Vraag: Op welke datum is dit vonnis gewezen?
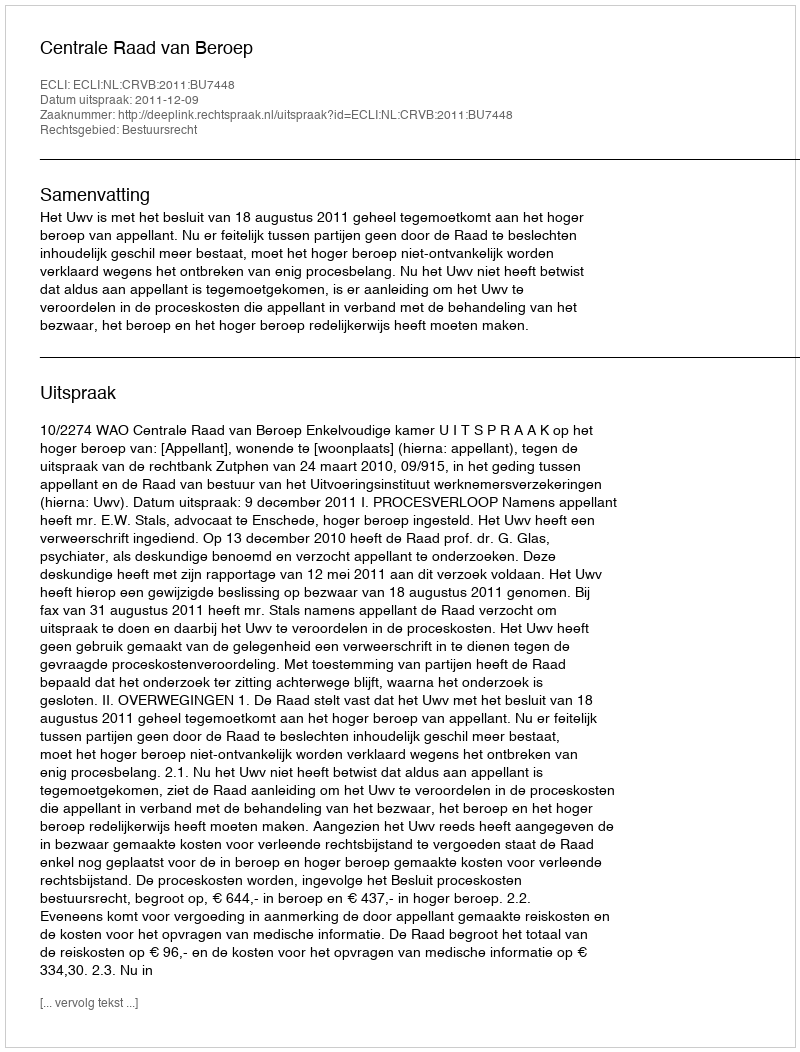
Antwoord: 2011-12-09